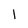
Character: 1